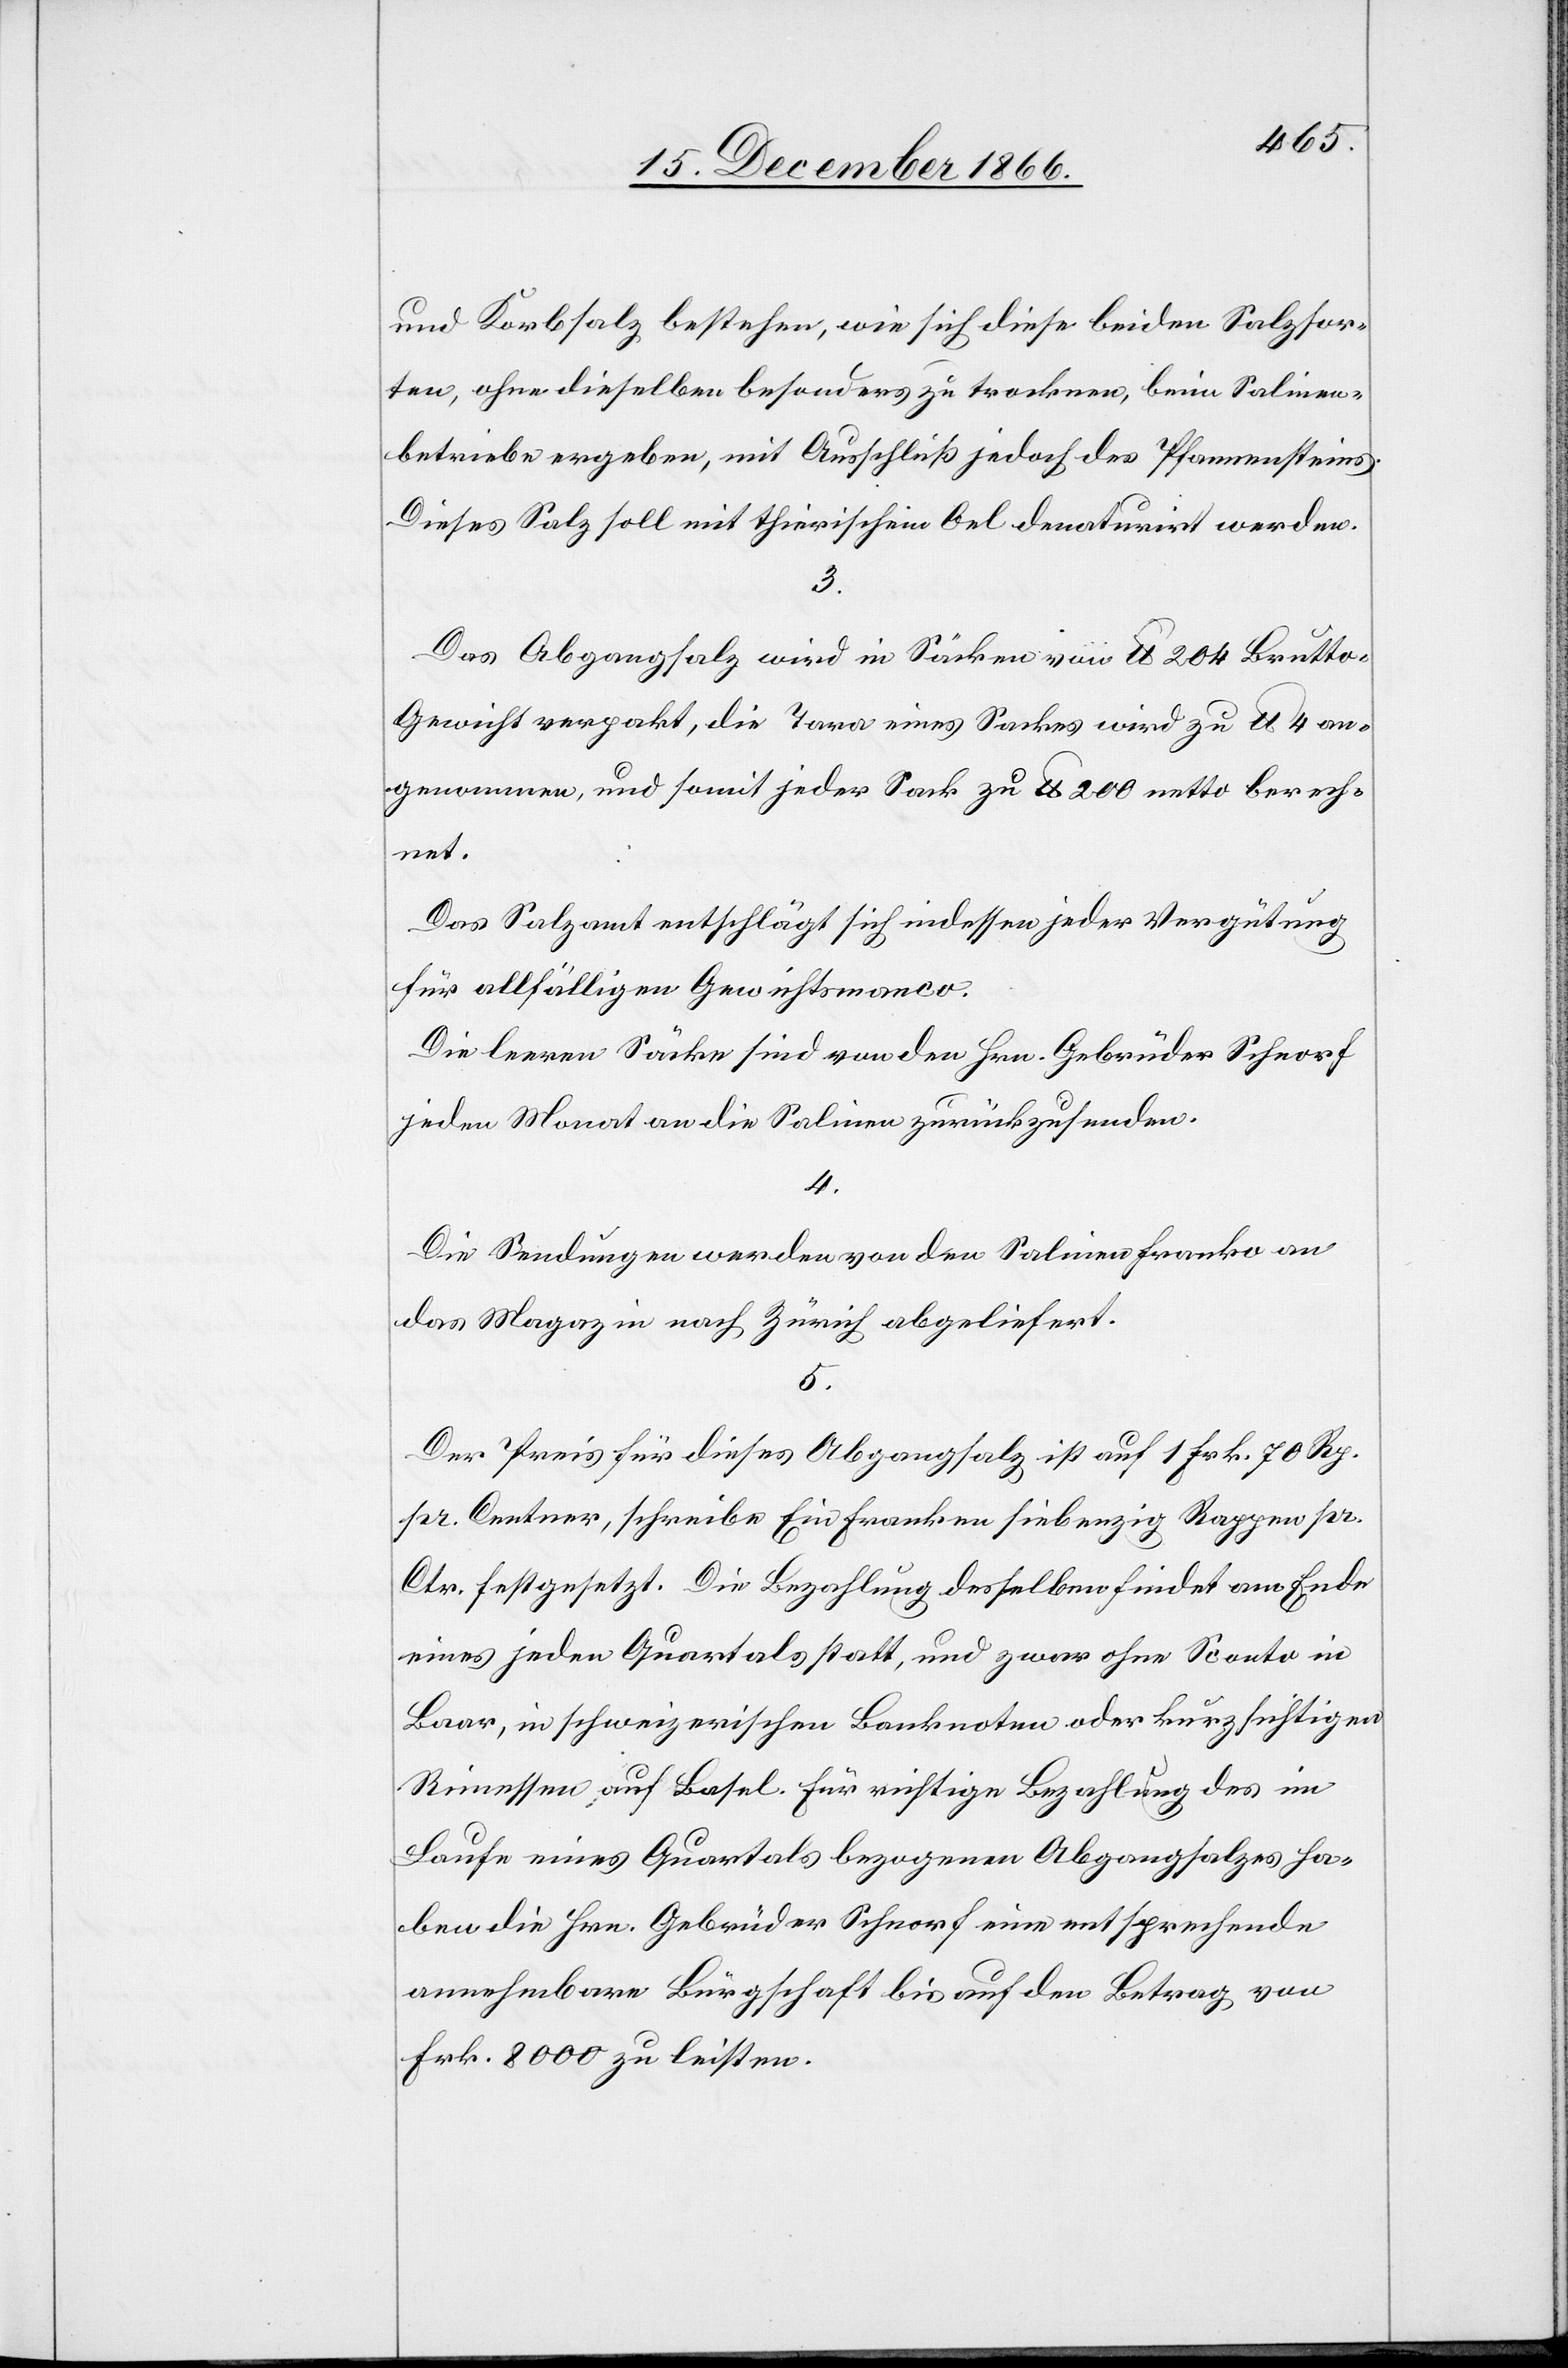
und Korbsalz bestehen, wie sich diese beiden Salzsor¬
ten, ohne dieselben besonders zu trocknen, beim Salinen¬
betriebe ergeben, mit Ausschluß jedoch des Pfannensteins.
Dieses Salz soll mit thierischem Oel denaturirt werden.
3.
Das Abgangsalz wird in Säcken von lb 204 Brutto¬
gewicht verpakt, die Tara eines Sackes wird zu lb 4 an¬
genommen, und somit jeder Sack zu lb 200 netto berech¬
net.
Das Salzamt entschlägt sich indessen jeder Vergütung
für allfälligen Gewichtsmanco.
Die leeren Säcke sind von den Hrn. Gebrüder Schnorf
jeden Monat an die Salinen zurückzusenden.
4.
Die Sendungen werden von den Salinen franko an
das Magazin nach Zürich abgeliefert.
5.
Der Preis für dieses Abgangsalz ist auf 1 Frk. 70 Rp.
pr. Centner, schreibe Ein Franken siebenzig Rappen pr.
Ctr. festgesetzt. Die Bezahlung desselben findet am Ende
eines jeden Quartals statt, und zwar ohne Sconto in
Baar, in schweizerischen Banknoten oder kurzfristigen
Rimessen auf Basel. Für richtige Bezahlung des im
Laufe eines Quartals bezogenen Abgangsalzes ha¬
ben die Hrn. Gebrüder Schnorf einen entsprechende
annehmbare Bürgschaft bis auf den Betrag von
Frk. 8000 zu leisten.